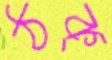
ঠক্